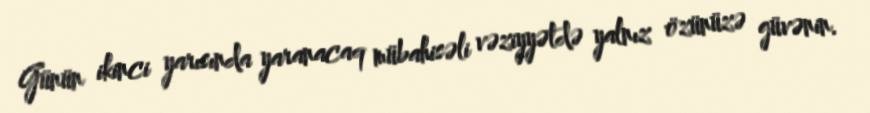
Günün ikinci yarısında yaranacaq mübahisəli vəziyyətdə yalnız özünüzə güvənin.